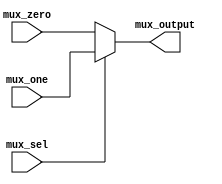
module TwoxOne_mux (mux_zero,mux_one,mux_output,mux_sel);

input wire [31:0] mux_zero;
input wire [31:0] mux_one;
input wire mux_sel;
output wire [31:0] mux_output;

assign mux_output = (mux_sel)?mux_one:mux_zero;


endmodule